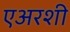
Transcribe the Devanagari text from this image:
एअरशी